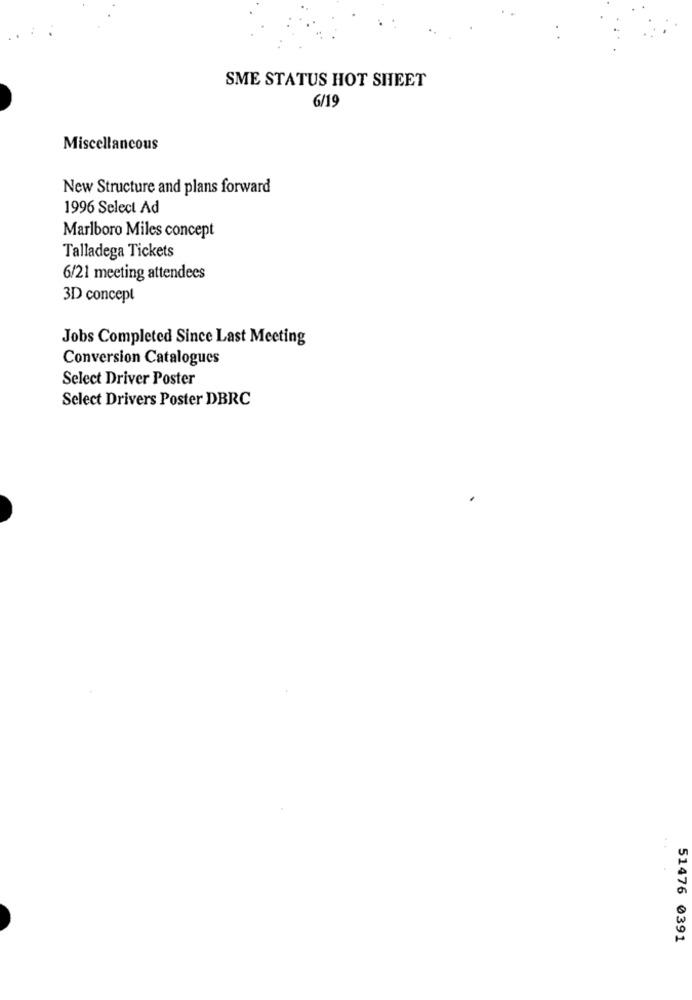
SME STATUS HOT SHEET
6/19
Miscellaneous
New Structure and plans forward
1996 Select Ad
Marlboro Miles concept
Talladega Tickets
6/21 meeting attendees
3D concept
Jobs Completed Since Last Meeting
Conversion Catalogues
Select Driver Poster
Select Drivers Poster DBRC
51476 0391